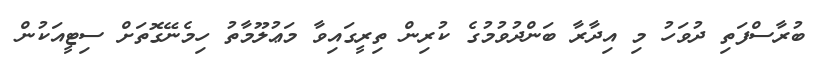
ބުރާސްފަތި ދުވަހު މި އިދާރާ ބަންދުވުމުގެ ކުރިން ތިރީގައިވާ މަޢުލޫމާތު ހިމެނޭގޮތަށް ސިޓީއަކުން